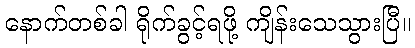
နောက်တစ်ခါ ရိုက်ခွင့်ရဖို့ ကျိန်းသေသွားပြီ။